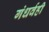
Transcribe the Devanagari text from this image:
गंधर्वही